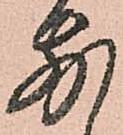
別